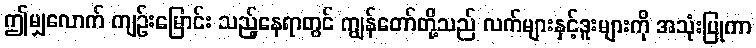
ဤမျှလောက် ကျဉ်းမြောင်း သည့်နေရာတွင် ကျွန်တော်တို့သည် လက်များနှင့်ဒူးများကို အသုံးပြုကာ